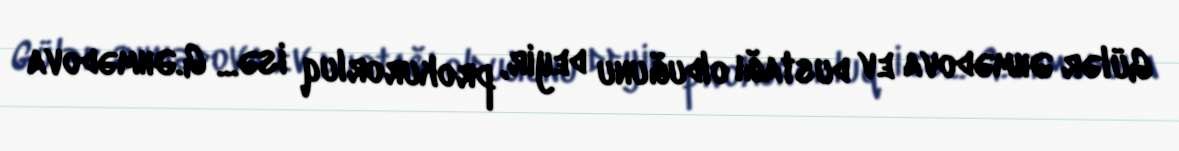
Gülər Əhmədova ev dustağı olduğunu deyir, prokurorluq isə... G.Əhmədova